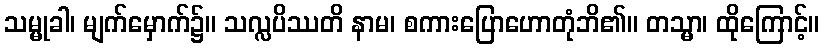
သမ္မုခါ၊ မျက်မှောက်၌။ သလ္လပိဿတိ နာမ၊ စကားပြောဟောတုံဘိ၏။ တသ္မာ၊ ထိုကြောင့်။